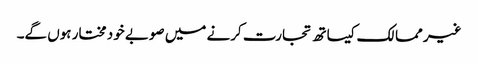
غیر ممالک کیساتھ تجارت کرنے میں صوبے خود مختار ہوں گے۔